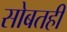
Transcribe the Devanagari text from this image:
सोबतही